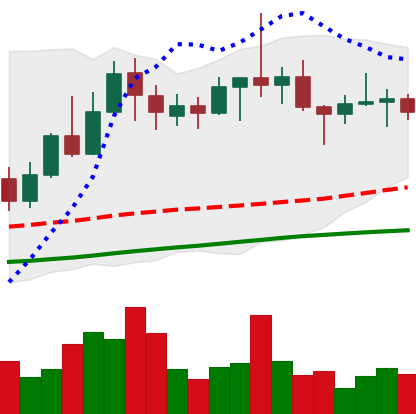
Ticker: TRX-USD
Chart end date: 2022-06-08
Forward return: -20.887%
Label: down_7plus